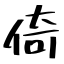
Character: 倚